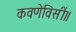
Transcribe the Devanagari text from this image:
कवणेविसीं॥